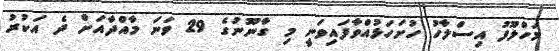
މަހްލޫފު އިސްލާހު ހުށަހަޅުއްވާފައިވަނީ މި ގާނޫނުގެ 29 ވަނަ މާއްދާއަށް ދެ އަކުރު